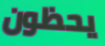
يحظون